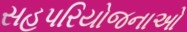
સહપરિયોજનાઓ